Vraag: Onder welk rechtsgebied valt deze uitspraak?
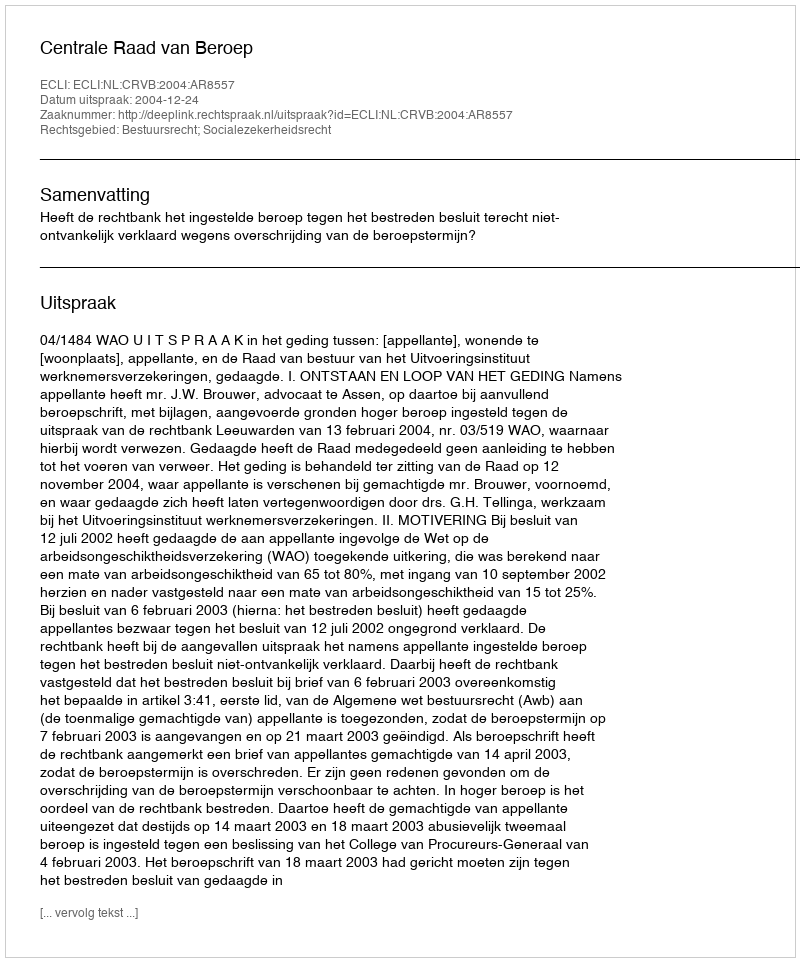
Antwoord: Bestuursrecht; Socialezekerheidsrecht